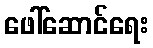
ဖေါ်ဆောင်ရေး